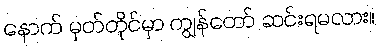
နောက် မှတ်တိုင်မှာ ကျွန်တော် ဆင်းရမလား။